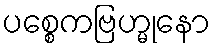
ပစ္စေကဗြဟ္မုနော